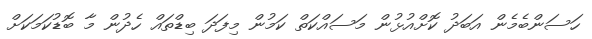
ހަސަންބެމެން އަބަދު ކޮށްއުޅުން މަސައްކަތް ކަމުން މިފަދަ ބިޑްތައް ހެދުން މާ ބޮޑުކަމަކަށް